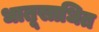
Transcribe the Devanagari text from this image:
धातूसाधित